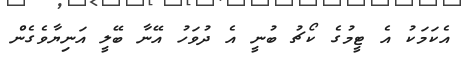
އެކަމަކު އެ ޓީމުގެ ކޯޗު ބުނީ އެ ދުވަހު އޭނާ ބޭލީ އަނިޔާވެގެން